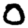
Digit: 0